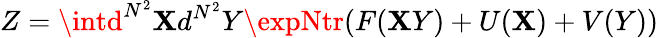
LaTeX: Z=\intd^{N^{2}}\mathbf{X}d^{N^{2}}Y\expNtr(F(\mathbf{X}Y)+U(\mathbf{X})+V(Y))